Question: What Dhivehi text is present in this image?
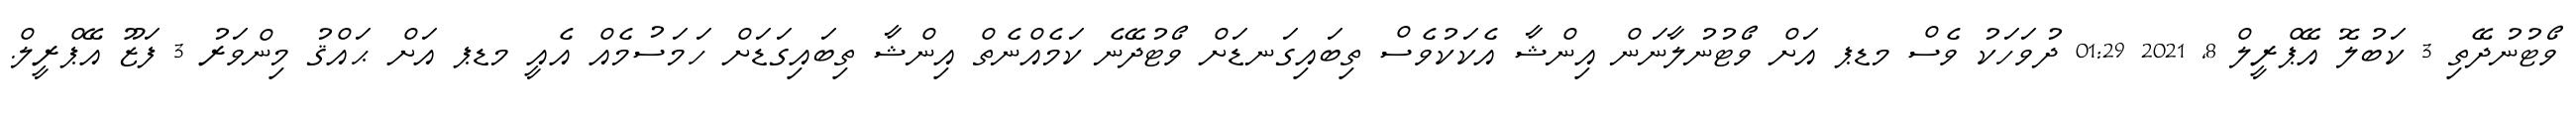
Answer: ވޯޓުނުދޭތި 3 ކަބުލޮ އޭޕްރީލް 8, 2021 01:29 ދުވަހަކު ވެސް މޑޕ އަށް ވޯޓުނުލާނަން އިންޝާ އެކަކުވެސް ތިބައިގަނޑަށް ވޯޓުދޭނެ ކަމެއްނެތް އިންޝާ ތިބައިގަޑަށް ހަމަސުމެއް އެއީ މޑޕ އަށް ޙައްޤު މިންވަރު 3 ފަޒޫ އޭޕްރީލް.